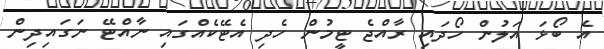
އެ ބޯޅަ އަލުން ހޯދައި ރާއްޖެ ޓީމުން ހެދި އެޓޭކެއްގައި ނާއްޓޭ ނަގައިދިން